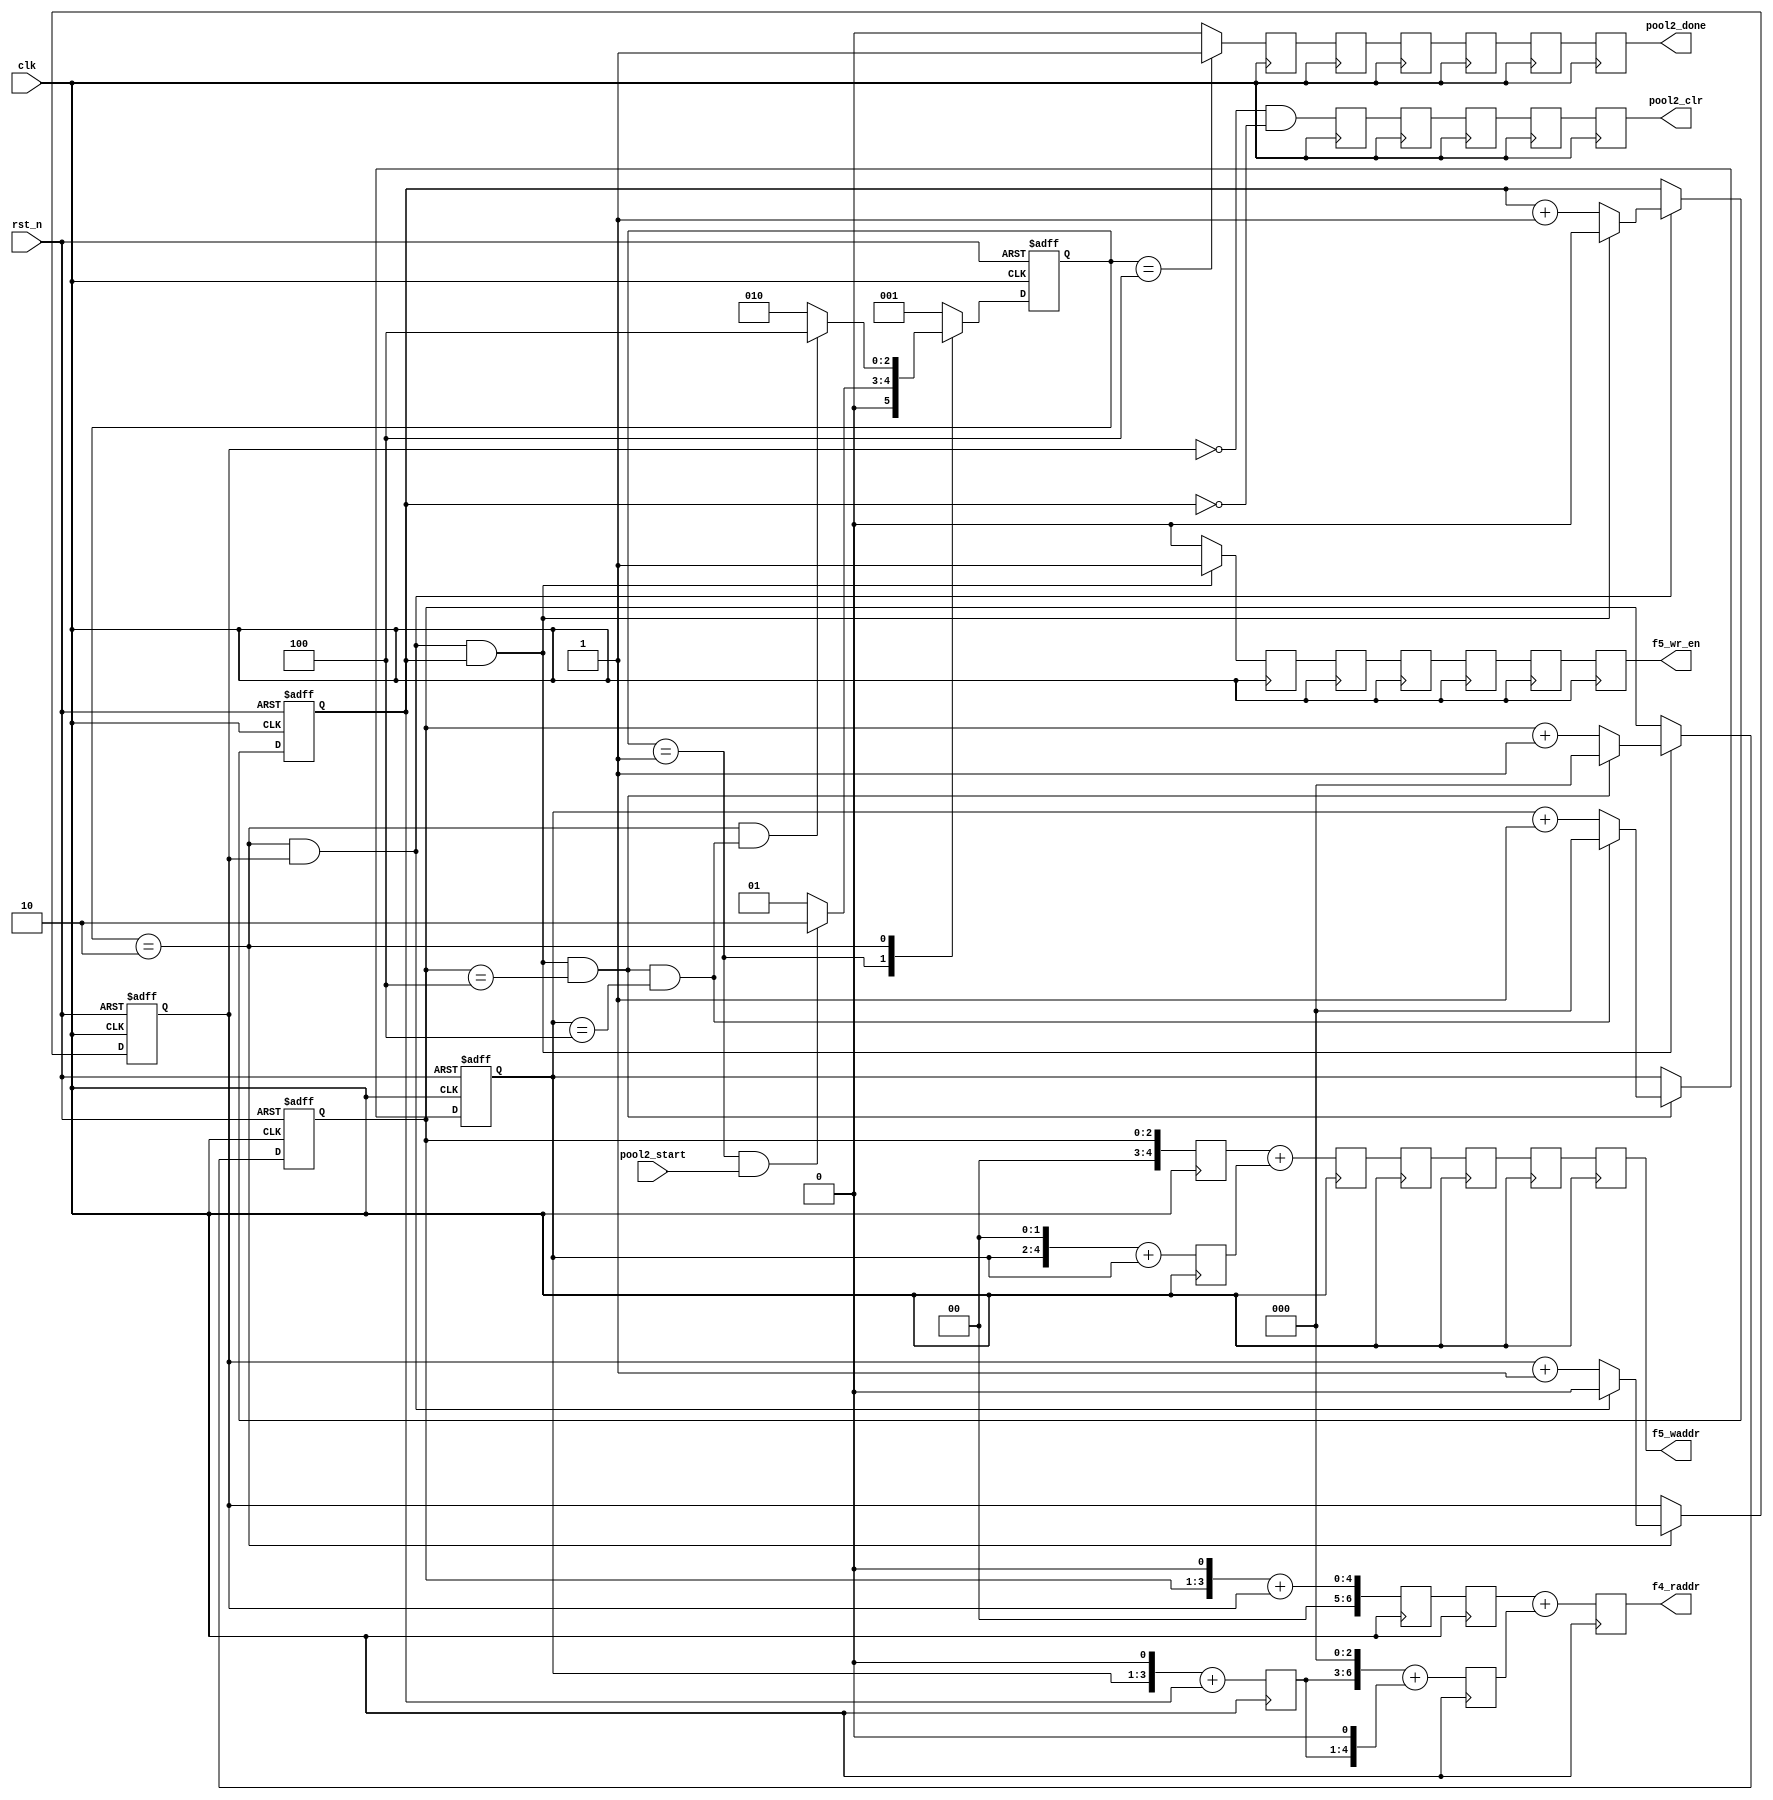
module pool2_ctrl(/*autoport*/
//output
			f4_raddr,
			f5_waddr,
			f5_wr_en,
			pool2_done,
			pool2_clr,
//input
			clk,
			rst_n,
			pool2_start);
	input 	clk;
	input 	rst_n;
	//Input Feature Read Addr
	output 	[6:0] 	f4_raddr;

	//Output Feature Write Addr and Write Enable
	output 	[4:0] 	f5_waddr;
	output 	f5_wr_en;

	//Control Signal
	input 	pool2_start;	
	output  pool2_done;
	output 	pool2_clr;

	localparam		IDLE = 3'b001;
	localparam   	RUN  = 3'b010;
	localparam      DONE = 3'b100;

	reg [2:0]  current_state,next_state;

	wire IDLE2RUN_start,RUN2DONE_start;
	always@(posedge clk or negedge rst_n)begin
		if(!rst_n)begin
			current_state <= IDLE;
		end
		else begin
			current_state <= next_state;
		end
	end

	always@* begin
		case(current_state)
		IDLE:begin
			if(IDLE2RUN_start)
				next_state = RUN;
			else begin
				next_state = IDLE;
			end
		end
		RUN: begin
			if(RUN2DONE_start)
				next_state = DONE;
			else begin
				next_state = RUN;
			end
		end
		DONE:begin
			next_state = IDLE;
		end
		default : next_state = IDLE;
		endcase
	end

	assign IDLE2RUN_start = current_state==IDLE && pool2_start==1'b1;
	assign RUN2DONE_start = current_state==RUN && end_cnt3;

//-------------------------------------
//-------cnt1:kernel column cnt-----------
//-------------------------------------
	reg cnt0;
	wire add_cnt0,end_cnt0;

	always @(posedge clk or negedge rst_n) begin
		if (!rst_n) begin
			// reset
			cnt0 <= 0;
		end
		else if (add_cnt0) begin
			if(end_cnt0)
				cnt0 <= 1'b0;
			else begin
				cnt0 <= cnt0 + 1'b1;
			end
		end
	end

	assign add_cnt0 = current_state==RUN;
	assign end_cnt0 = add_cnt0 && cnt0 == 2-1;

//-------------------------------------
//-------cnt1:kernel row cnt-----------
//-------------------------------------
	reg cnt1;
	wire add_cnt1,end_cnt1;

	always @(posedge clk or negedge rst_n) begin
		if (!rst_n) begin
			// reset
			cnt1 <= 0;
		end
		else if (add_cnt1) begin
			if(end_cnt1)
				cnt1 <= 0;
			else begin
				cnt1 <= cnt1 + 1'b1;
			end
		end
	end

	assign add_cnt1 = end_cnt0;
	assign end_cnt1 = add_cnt1 && cnt1 == 2-1;

//-------------------------------------
//-------cnt2:column address-----------
//-------------------------------------
	reg[2:0] cnt2;
	wire add_cnt2,end_cnt2;

	always @(posedge clk or negedge rst_n) begin
		if (!rst_n) begin
			// reset
			cnt2 <= 0;
		end
		else if (add_cnt2) begin
			if(end_cnt2)
				cnt2 <= 0;
			else begin
				cnt2 <= cnt2 + 1'b1;
			end
		end
	end

	assign add_cnt2 = end_cnt1;
	assign end_cnt2 = add_cnt2 && cnt2 == 5-1;




//-------------------------------------
//-------cnt3:row address-----------
//-------------------------------------

	reg[2:0] cnt3;
	wire add_cnt3,end_cnt3;
	always @(posedge clk or negedge rst_n) begin
		if (!rst_n) begin
			// reset
			cnt3 <= 0;
		end
		else if (add_cnt3) begin
			if(end_cnt3)
				cnt3 <= 0;
			else begin
				cnt3 <= cnt3 + 1'b1;
			end
		end
	end

	assign add_cnt3 = end_cnt2;
	assign end_cnt3 = add_cnt3 && cnt3 == 5-1;


//---------------------------------------
//-----Address Generate------------------
//---------------------------------------
	//Read Address Gen, total 3 cycles delay
	reg [6:0]  f4_raddr_s1_1,f4_raddr_s1_2,f4_raddr_s2_1,f4_raddr_s2_2,f4_raddr_s3;        
	//f4_raddr = cnt2*2 + cnt3*2*10 + cnt0 + cnt1 * 10;
	always@(posedge clk)begin
		f4_raddr_s1_1 <= {cnt2[2:0],1'b0}+cnt0;
		f4_raddr_s1_2 <= {cnt3[2:0],1'b0}+cnt1;
		f4_raddr_s2_1 <=  f4_raddr_s1_1;
		f4_raddr_s2_2 <= {f4_raddr_s1_2[3:0],3'b0}+{f4_raddr_s1_2[3:0],1'b0};
		f4_raddr_s3   <= f4_raddr_s2_1 + f4_raddr_s2_2;

	end

	assign f4_raddr = f4_raddr_s3;



	//Write Address Gen
	wire[4:0] f5_waddr_temp;
	reg[4:0] f5_waddr_s1_1,f5_waddr_s1_2,f5_waddr_s2,f5_waddr_s3;
	//f5_waddr_temp = cnt2 + cnt3*5;
	always@(posedge clk)begin
		f5_waddr_s1_1 <= {cnt3[2:0],2'b0}+cnt3[2:0];
		f5_waddr_s1_2 <=  cnt2;
		f5_waddr_s2   <= f5_waddr_s1_2 + f5_waddr_s1_1;
		f5_waddr_s3   <= f5_waddr_s2;
  	end
  	assign f5_waddr_temp = f5_waddr_s3;

//--------------------------------------
//----Control Signal Gen
//--------------------------------------
	wire 	  pool2_clr_temp;
	wire      f5_wr_en_temp;
	wire      pool2_done_temp;

	assign f5_wr_en_temp = end_cnt1? 1'b1:1'b0;
	assign pool2_done_temp = current_state==DONE? 1'b1:1'b0;
	assign pool2_clr_temp = cnt0==0 && cnt1==0;


//-----------------------------------------
//--Registers Stage to Meet Correct Timing
//-----------------------------------------
//6 cycles delay for f5_wr_en_temp 
//3 for f5_waddr_temp
//6 for pool2_done_temp
//5 for pool2_clr_temp
	reg[7:0] f5_waddr_r1,f5_waddr_r2,f5_waddr_r3;
	reg f5_wr_en_r1,f5_wr_en_r2,f5_wr_en_r3,f5_wr_en_r4,f5_wr_en_r5,f5_wr_en_r6;
	reg pool2_done_r1,pool2_done_r2,pool2_done_r3,pool2_done_r4,pool2_done_r5,pool2_done_r6;
	reg pool2_clr_r1,pool2_clr_r2,pool2_clr_r3,pool2_clr_r4,pool2_clr_r5;
	always@(posedge clk )begin
		f5_wr_en_r1  <=  f5_wr_en_temp;
		f5_wr_en_r2  <=  f5_wr_en_r1;
		f5_wr_en_r3  <=  f5_wr_en_r2;
		f5_wr_en_r4  <=  f5_wr_en_r3;
		f5_wr_en_r5  <=  f5_wr_en_r4;
		f5_wr_en_r6  <=  f5_wr_en_r5;

		f5_waddr_r1  <=  f5_waddr_temp;
		f5_waddr_r2  <=  f5_waddr_r1;
		f5_waddr_r3  <=  f5_waddr_r2;	

	 	pool2_done_r1<=  pool2_done_temp;
	 	pool2_done_r2<=  pool2_done_r1;
	 	pool2_done_r3<=  pool2_done_r2;
	 	pool2_done_r4<=  pool2_done_r3;
	 	pool2_done_r5<=  pool2_done_r4;
	 	pool2_done_r6<=  pool2_done_r5;

	 	pool2_clr_r1 <= pool2_clr_temp;    //pool_clr should assert at arrival cycle of data, so here is 3 + 2  
	 	pool2_clr_r2 <= pool2_clr_r1;
	 	pool2_clr_r3 <= pool2_clr_r2;
	 	pool2_clr_r4 <= pool2_clr_r3;
	 	pool2_clr_r5 <= pool2_clr_r4;

	end


	assign pool2_clr = pool2_clr_r5;
	assign f5_waddr  = f5_waddr_r3;
	assign f5_wr_en  = f5_wr_en_r6;
	assign pool2_done= pool2_done_r6;
endmodule